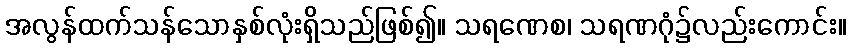
အလွန်ထက်သန်သောနှစ်လုံးရှိသည်ဖြစ်၍။ သရဏေစ၊ သရဏဂုံ၌လည်းကောင်း။